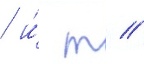
/ и́ т //